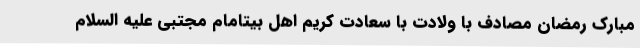
مبارک رمضان مصادف با ولادت با سعادت کریم اهل بیتامام مجتبی علیه السلام